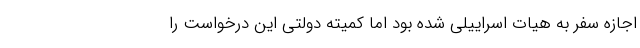
اجازه سفر به هيات اسراییلی شده بود اما كميته دولتي اين درخواست را